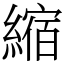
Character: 縮